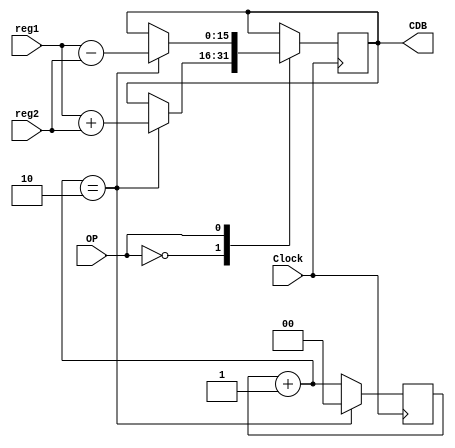
module adders(Clock, CDB, reg1, reg2, OP);
  input wire Clock;                        // clock
  input wire [15:0] reg1, reg2;  // saida da estacao de reserva
  input wire OP;                           // operao a ser realizada
  output reg [15:0] CDB;                  // barramento CDB
  reg [1:0]latencia;

  initial begin
    latencia = 2'b00;
  end

  always @(posedge Clock) begin
    latencia = latencia + 1'b1;
    case (OP)
      1'b0:
        if(latencia == 2'b10)begin
          CDB <= reg1 + reg2;// soma
          latencia = 2'b00;
        end
      1'b1:
        if(latencia == 2'b10)begin
          CDB <= reg1 - reg2;// subtracao
          latencia = 2'b00;
        end
    endcase
  end // always

endmodule